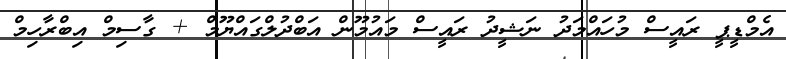
އެމްޑީޕީ ރައީސް މުހައްމަދު ނަޝީދު ރައީސް މައުމޫން އަބްދުލްގައްޔޫމް + ގާސިމް އިބްރާހިމް